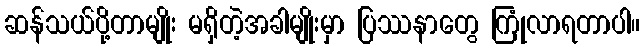
ဆန်သယ်ပို့တာမျိုး မရှိတဲ့အခါမျိုးမှာ ပြဿနာတွေ ကြုံလာရတာပါ။